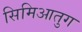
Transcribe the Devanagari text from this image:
सिमिआतुग